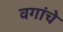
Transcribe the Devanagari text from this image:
वगांचे